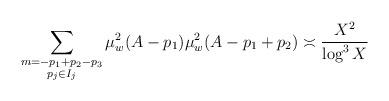
LaTeX: \begin{align*} \sum_{\substack{m = - p_1 + p_2 - p_3 \\ p_j \in I_j}} \mu^2_w(A - p_1) \mu^2_w(A - p_1 + p_2) \asymp \frac{X^2}{\log^3 X}\end{align*}